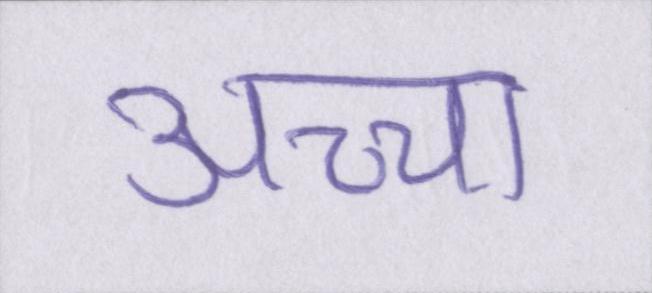
अच्चा